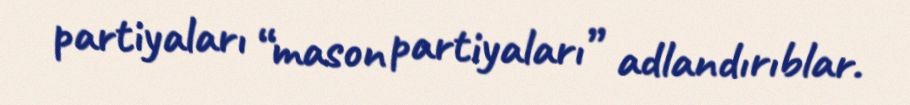
partiyaları “mason partiyaları” adlandırıblar.